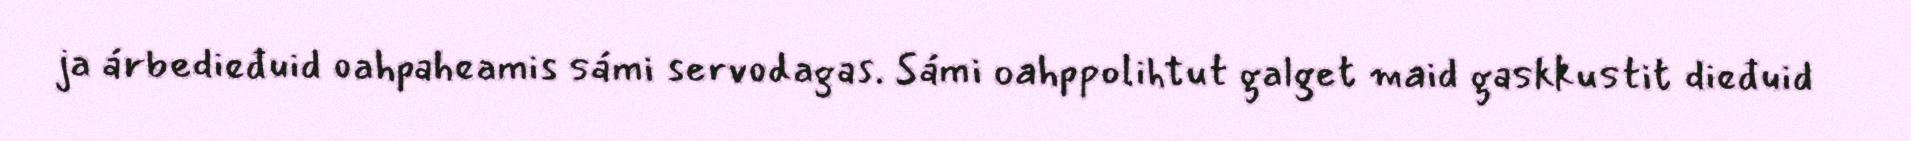
ja árbedieđuid oahpaheamis sámi servodagas. Sámi oahppolihtut galget maid gaskkustit dieđuid